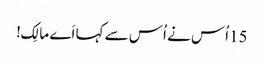
15اُس نے اُس سے کہا اَے مالِک!